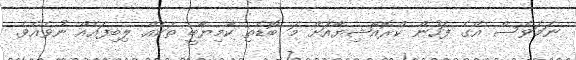
ނަމަވެސް އޭގެ ފަހުން ކްރޮއޭޝިޔާއަށް މަ ބޮޑެތި ކާމިޔާބީ ތަކެއް ލިބިފައެއް ނުވެއެވެ.